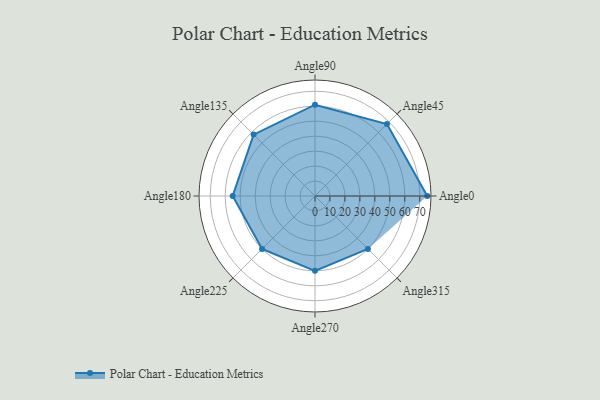
{"axis": {"x": "Angle", "y": "Radius"}, "legend": [""], "data": [{"x": "Angle0", "y": 75.0, "type": ""}, {"x": "Angle45", "y": 68.0, "type": ""}, {"x": "Angle90", "y": 61.0, "type": ""}, {"x": "Angle135", "y": 58.0, "type": ""}, {"x": "Angle180", "y": 55.0, "type": ""}, {"x": "Angle225", "y": 50, "type": ""}, {"x": "Angle270", "y": 50, "type": ""}, {"x": "Angle315", "y": 50, "type": ""}]}